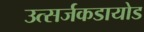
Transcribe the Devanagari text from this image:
उत्सर्जकडायोड